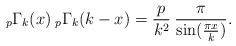
LaTeX: \begin{align*}_{p}\Gamma_{k}(x)\:_{p}\Gamma_{k}(k-x)=\frac{p}{k^{2}}\:\frac{\pi}{\sin (\frac{\pi x}{k}) }.\end{align*}